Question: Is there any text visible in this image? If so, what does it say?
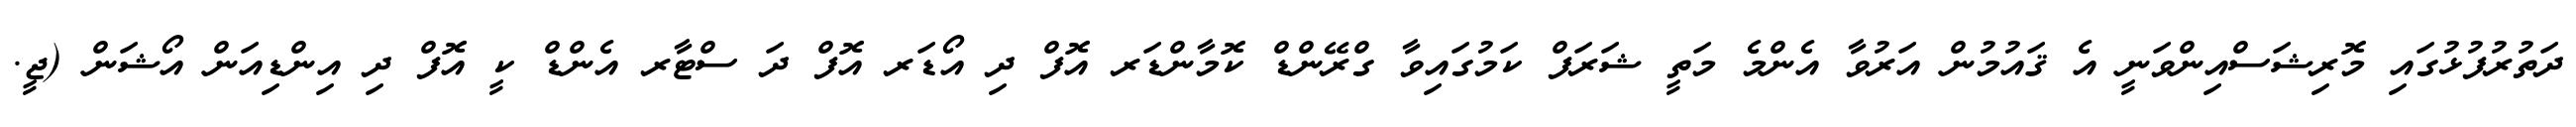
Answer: ދަތުރުފުޅުގައި މޮރިޝަސްއިންވަނީ އެ ޤައުމުން އަރުވާ އެންމެ މަތީ ޝަރަފް ކަމުގައިވާ ގްރޭންޑް ކޮމާންޑަރ އޮފް ދި އޯޑަރ އޮފް ދަ ސްޓާރ އެންޑް ކީ އޮފް ދި އިންޑިއަން އޯޝަން (ޖީ.